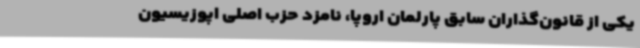
یکی از قانون‌گذاران سابق پارلمان اروپا، نامزد حزب اصلی اپوزیسیون